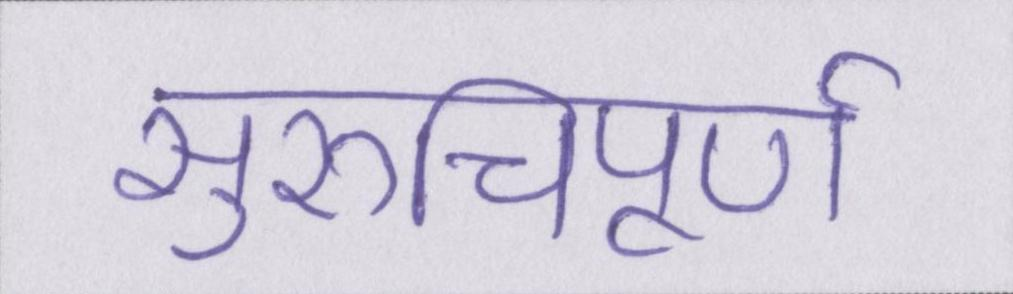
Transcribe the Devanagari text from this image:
सुरुचिपूर्ण